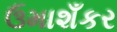
ઉમાશઁકર